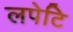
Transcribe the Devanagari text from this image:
लपेटि